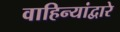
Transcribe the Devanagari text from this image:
वाहिन्यांद्वारे